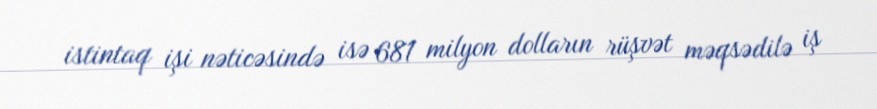
istintaq işi nəticəsində isə 681 milyon dolların rüşvət məqsədilə iş